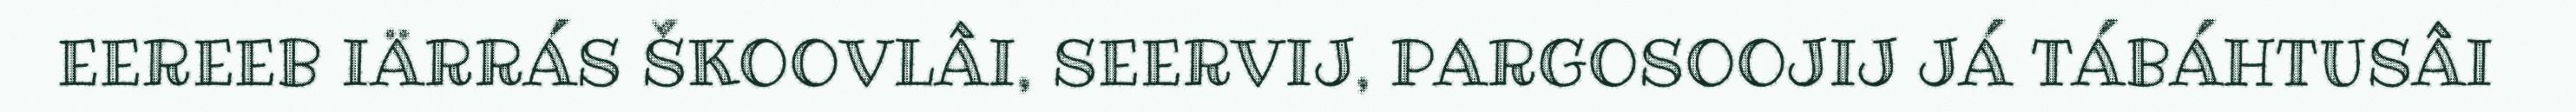
EEREEB IÄRRÁS ŠKOOVLÂI, SEERVIJ, PARGOSOOJIJ JÁ TÁBÁHTUSÂI